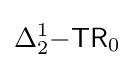
\Delta _{2}^{1}{\mathsf {-TR}}_{0}